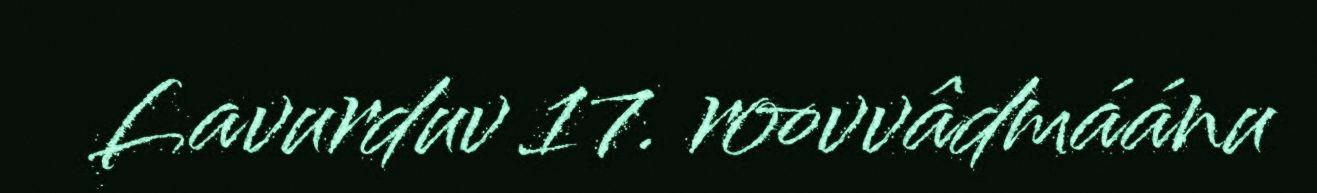
Lavurduv 17. roovvâdmáánu